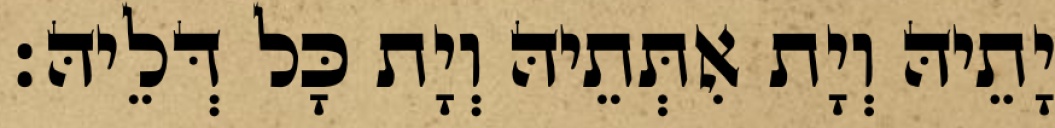
יָתֵיהּ וְיָת אִתְּתֵיהּ וְיָת כָּל דְּלֵיהּ׃